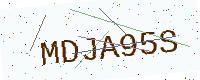
Text: MDJA95S